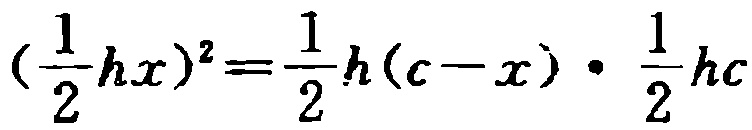
\((\frac{1}{2}hx)^2=\frac{1}{2}h(c - x)\cdot\frac{1}{2}hc\)